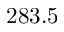
2 8 3 . 5